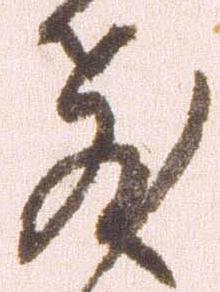
教